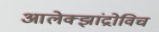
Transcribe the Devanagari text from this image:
आलेक्झांद्रोविच